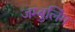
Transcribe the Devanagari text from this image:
जम्बुलिंग